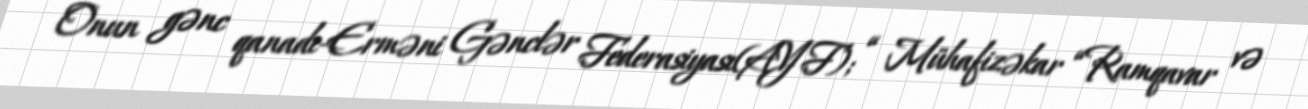
Onun gənc qanadı-Erməni Gənclər Federasiyası(AYF); “ Mühafizəkar “Ramqavar və